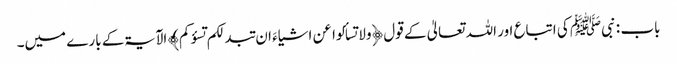
باب : نبیﷺ کی اتباع اور اللہ تعالیٰ کے قول ﴿ولا تسألوا عن اشیاءَ ان تبدلکم تسؤکم﴾ الآیۃکے بارے میں۔